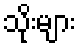
သိုးများ